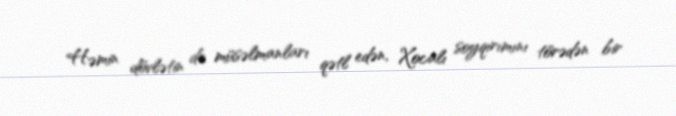
Həmin dövlətin də müsəlmanları qətl edən, Xocalı soyqırımını törədən bir